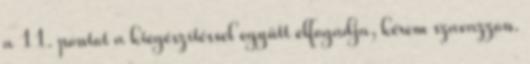
a 11. pontot a kiegészítéssel együtt elfogadja, kérem szavazzon.